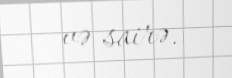
və sairə.